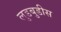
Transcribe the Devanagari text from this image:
लुडबुडीस